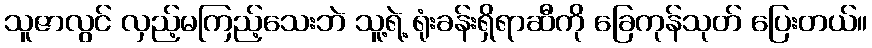
သူဇာလွင် လှည့်မကြည့်သေးဘဲ သူ့ရဲ့ ရုံးခန်းရှိရာဆီကို ခြေကုန်သုတ် ပြေးတယ်။